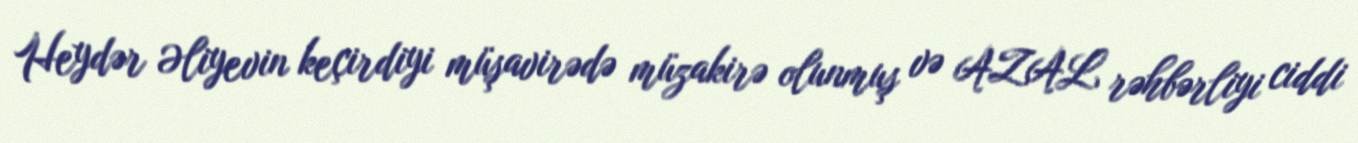
Heydər Əliyevin keçirdiyi müşavirədə müzakirə olunmuş və AZAL rəhbərliyi ciddi